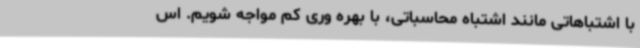
با اشتباهاتی مانند اشتباه محاسباتی، با بهره وری کم مواجه شویم. اس